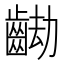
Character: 𪘖